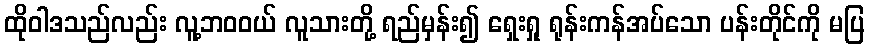
ထိုဝါဒသည်လည်း လူ့ဘဝဝယ် လူသားတို့ ရည်မှန်း၍ ရှေးရှု ရုန်းကန်အပ်သော ပန်းတိုင်ကို မပြ